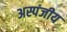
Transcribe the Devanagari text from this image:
अस्पंजीय